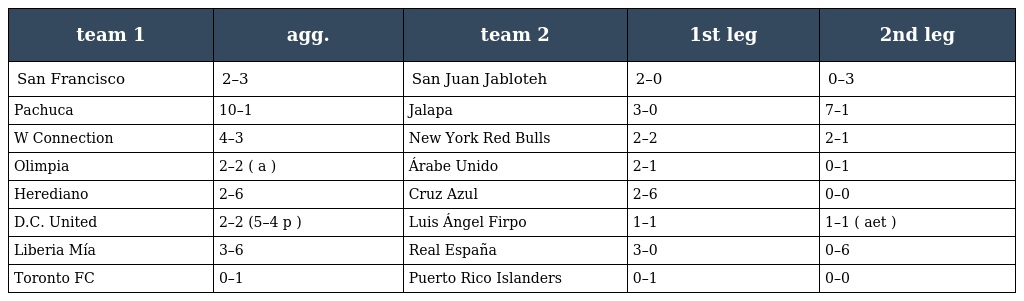
| team 1 | agg. | team 2 | 1st leg | 2nd leg |
 | --- | --- | --- | --- | --- |
 | San Francisco | 2–3 | San Juan Jabloteh | 2–0 | 0–3 |
 | Pachuca | 10–1 | Jalapa | 3–0 | 7–1 |
 | W Connection | 4–3 | New York Red Bulls | 2–2 | 2–1 |
 | Olimpia | 2–2 ( a ) | Árabe Unido | 2–1 | 0–1 |
 | Herediano | 2–6 | Cruz Azul | 2–6 | 0–0 |
 | D.C. United | 2–2 (5–4 p ) | Luis Ángel Firpo | 1–1 | 1–1 ( aet ) |
 | Liberia Mía | 3–6 | Real España | 3–0 | 0–6 |
 | Toronto FC | 0–1 | Puerto Rico Islanders | 0–1 | 0–0 |